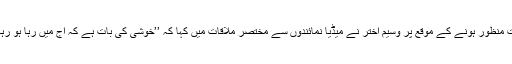
ضمانت منظور ہونے کے موقع پر وسیم اختر نے میڈیا نمائندوں سے مختصر ملاقات میں کہا کہ ’’خوشی کی بات ہے کہ آج میں رہا ہو رہا ہوں‘‘۔